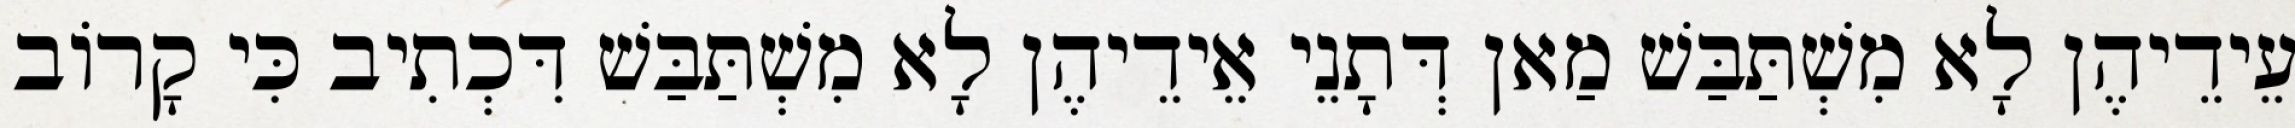
עֵידֵיהֶן לָא מִשְׁתַּבַּשׁ מַאן דְּתָנֵי אֵידֵיהֶן לָא מִשְׁתַּבַּשׁ דִּכְתִיב כִּי קָרוֹב